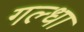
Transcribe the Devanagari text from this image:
गल्धा